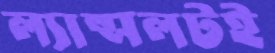
ল্যান্সলটই